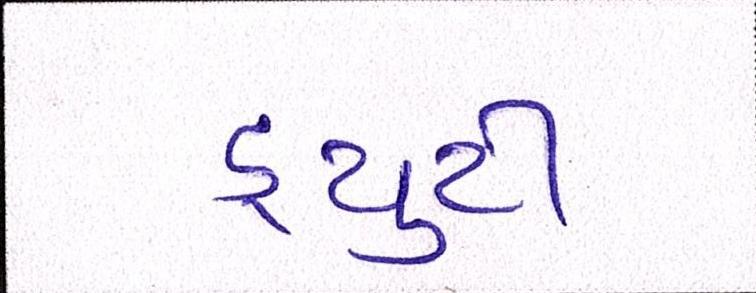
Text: ડ્યુટી